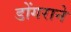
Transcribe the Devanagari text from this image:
डोंगराने